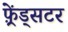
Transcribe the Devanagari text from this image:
फ़्रेंड्सटर